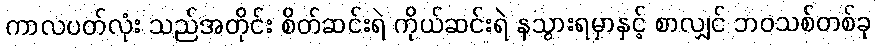
ကာလပတ်လုံး သည်အတိုင်း စိတ်ဆင်းရဲ ကိုယ်ဆင်းရဲ နသွားရမှာနှင့် စာလျှင် ဘဝသစ်တစ်ခု